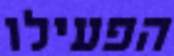
הפעילו